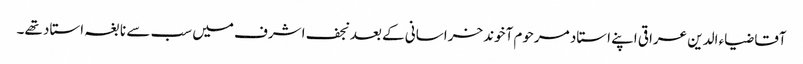
آقا ضیاء الدین عراقی اپنے استاد مرحوم آخوند خراسانی کے بعد نجف اشرف میں سب سے نابغہ استاد تھے۔